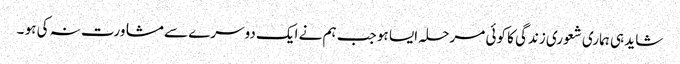
شاید ہی ہماری شعوری زندگی کا کوئی مرحلہ ایسا ہو جب ہم نے ایک دوسرے سے مشاورت نہ کی ہو ۔